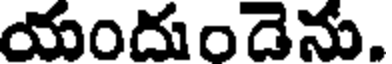
యందుండెను.